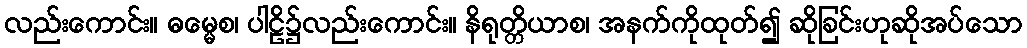
လည်းကောင်း။ ဓမ္မေစ၊ ပါဠိ၌လည်းကောင်း။ နိရုတ္တိယာစ၊ အနက်ကိုထုတ်၍ ဆိုခြင်းဟုဆိုအပ်သော